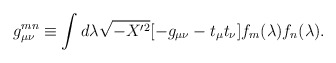
\begin{align*}g_{\mu\nu}^{mn}\equiv\int d\lambda\sqrt{-X'^2}[-g_{\mu\nu}-t_\mu t_\nu] f_m(\lambda)f_n(\lambda).\end{align*}